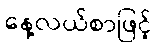
နေ့လယ်စာဖြင့်